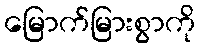
မြောက်မြားစွာကို